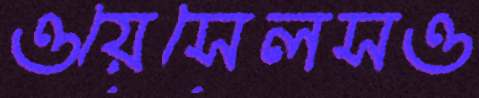
ওয়েসেলসও